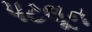
પટલૂન